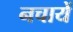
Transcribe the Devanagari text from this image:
नचायें